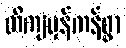
တိကျမှန်ကန်စွာ